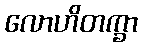
လောဟိတက္ခာ